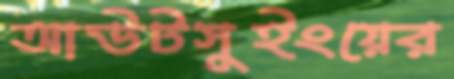
আউটসুইংয়ের